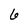
Character: 6